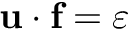
{ \bf u } \cdot { \bf f } = \varepsilon